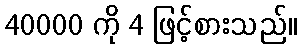
40000 ကို 4 ဖြင့်စားသည်။